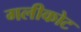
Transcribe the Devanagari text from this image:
गलीकोट